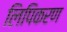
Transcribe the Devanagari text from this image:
लिपिकरण